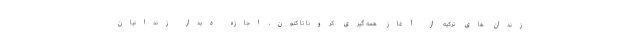
زندان های ترکیه از آغاز همه گیری کرونا تا کنون، اجازه دیدار زندانیان